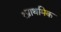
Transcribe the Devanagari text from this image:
१प्राथमिक